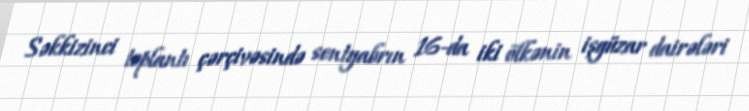
Səkkizinci toplantı çərçivəsində sentyabrın 16-da iki ölkənin işgüzar dairələri